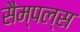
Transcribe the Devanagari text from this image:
सैम्पल्स